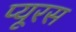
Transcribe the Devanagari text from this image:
प्यूरस